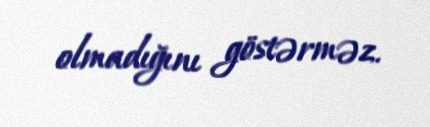
olmadığını göstərməz.